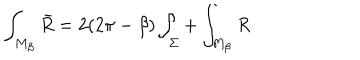
\int _ { M _ { \beta } } \bar { R } = 2 ( 2 \pi - \beta ) \int _ { \Sigma } + \int _ { M _ { \beta } } R